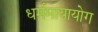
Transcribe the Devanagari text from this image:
धर्ममायायोग